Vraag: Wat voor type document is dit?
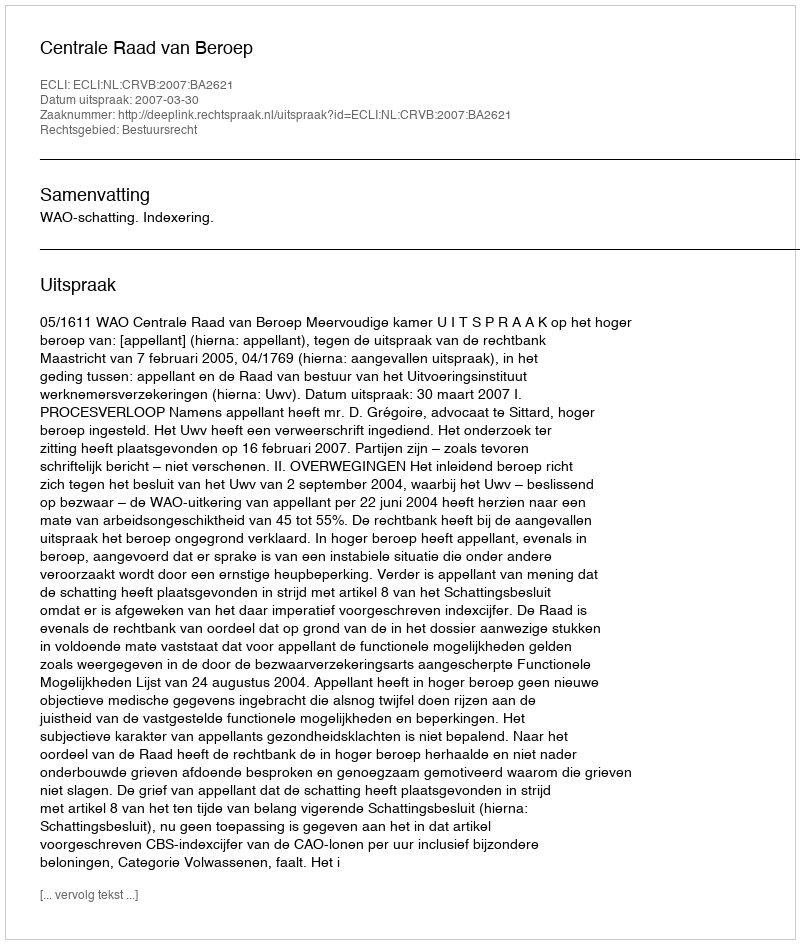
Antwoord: Uitspraak